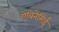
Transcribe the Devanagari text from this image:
ऐबिनेसिई